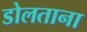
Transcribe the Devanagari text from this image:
डोलताना